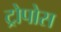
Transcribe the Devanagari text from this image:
ट्रोपोस